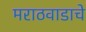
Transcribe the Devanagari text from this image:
मराठवाडाचे